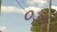
૦૩૧